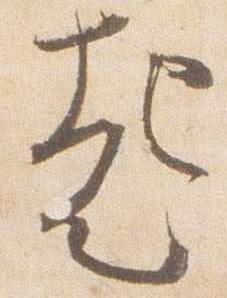
起